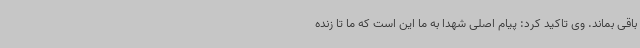
باقی بماند. وی تاکید کرد: پیام اصلی شهدا به ما این است که ما تا زنده